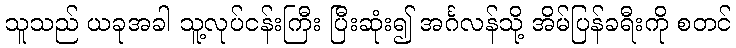
သူသည် ယခုအခါ သူ့လုပ်ငန်းကြီး ပြီးဆုံး၍ အင်္ဂလန်သို့ အိမ်ပြန်ခရီးကို စတင်